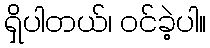
ရှိပါတယ်၊ ဝင်ခဲ့ပါ။